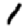
Digit: 1